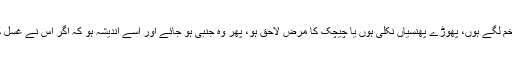
جب آدمی کو جہاد فی سبیل اللہ میں زخم لگے ہوں، پھوڑے پھنسیاں نکلی ہوں یا چیچک کا مرض لاحق ہو، پھر وہ جنبی ہو جائے اور اسے اندیشہ ہو کہ اگر اس نے غسل کیا تو مر جائے گا، تو وہ تیمم کر لے۔